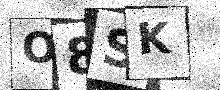
Text: O8SK